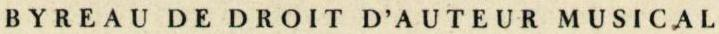
BYREAU DE DROIT D'AUTEUR MUSICAL